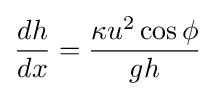
{\frac {dh}{dx}}={\frac {\kappa u^{2}\cos \phi }{gh}}